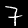
Digit: 7